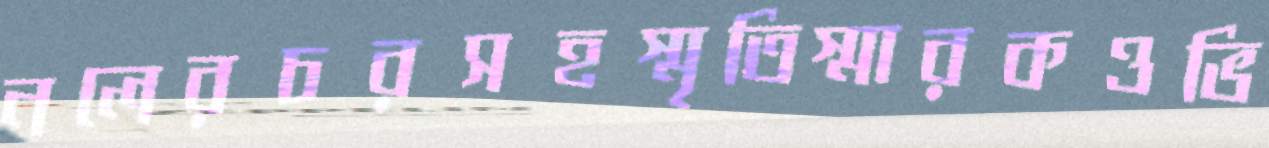
নলেরচরসহস্মৃতিস্মারকওভি